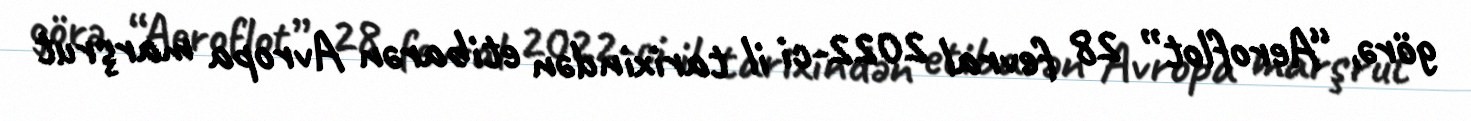
görə, “Aeroflot” 28 fevral 2022-ci il tarixindən etibarən Avropa marşrut